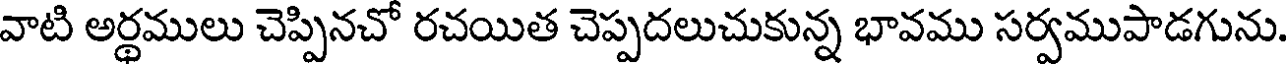
వాటి అర్థములు చెప్పినచో రచయిత చెప్పదలుచుకున్న భావము సర్వముపాడగును.